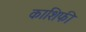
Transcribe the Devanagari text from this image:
काशिफी